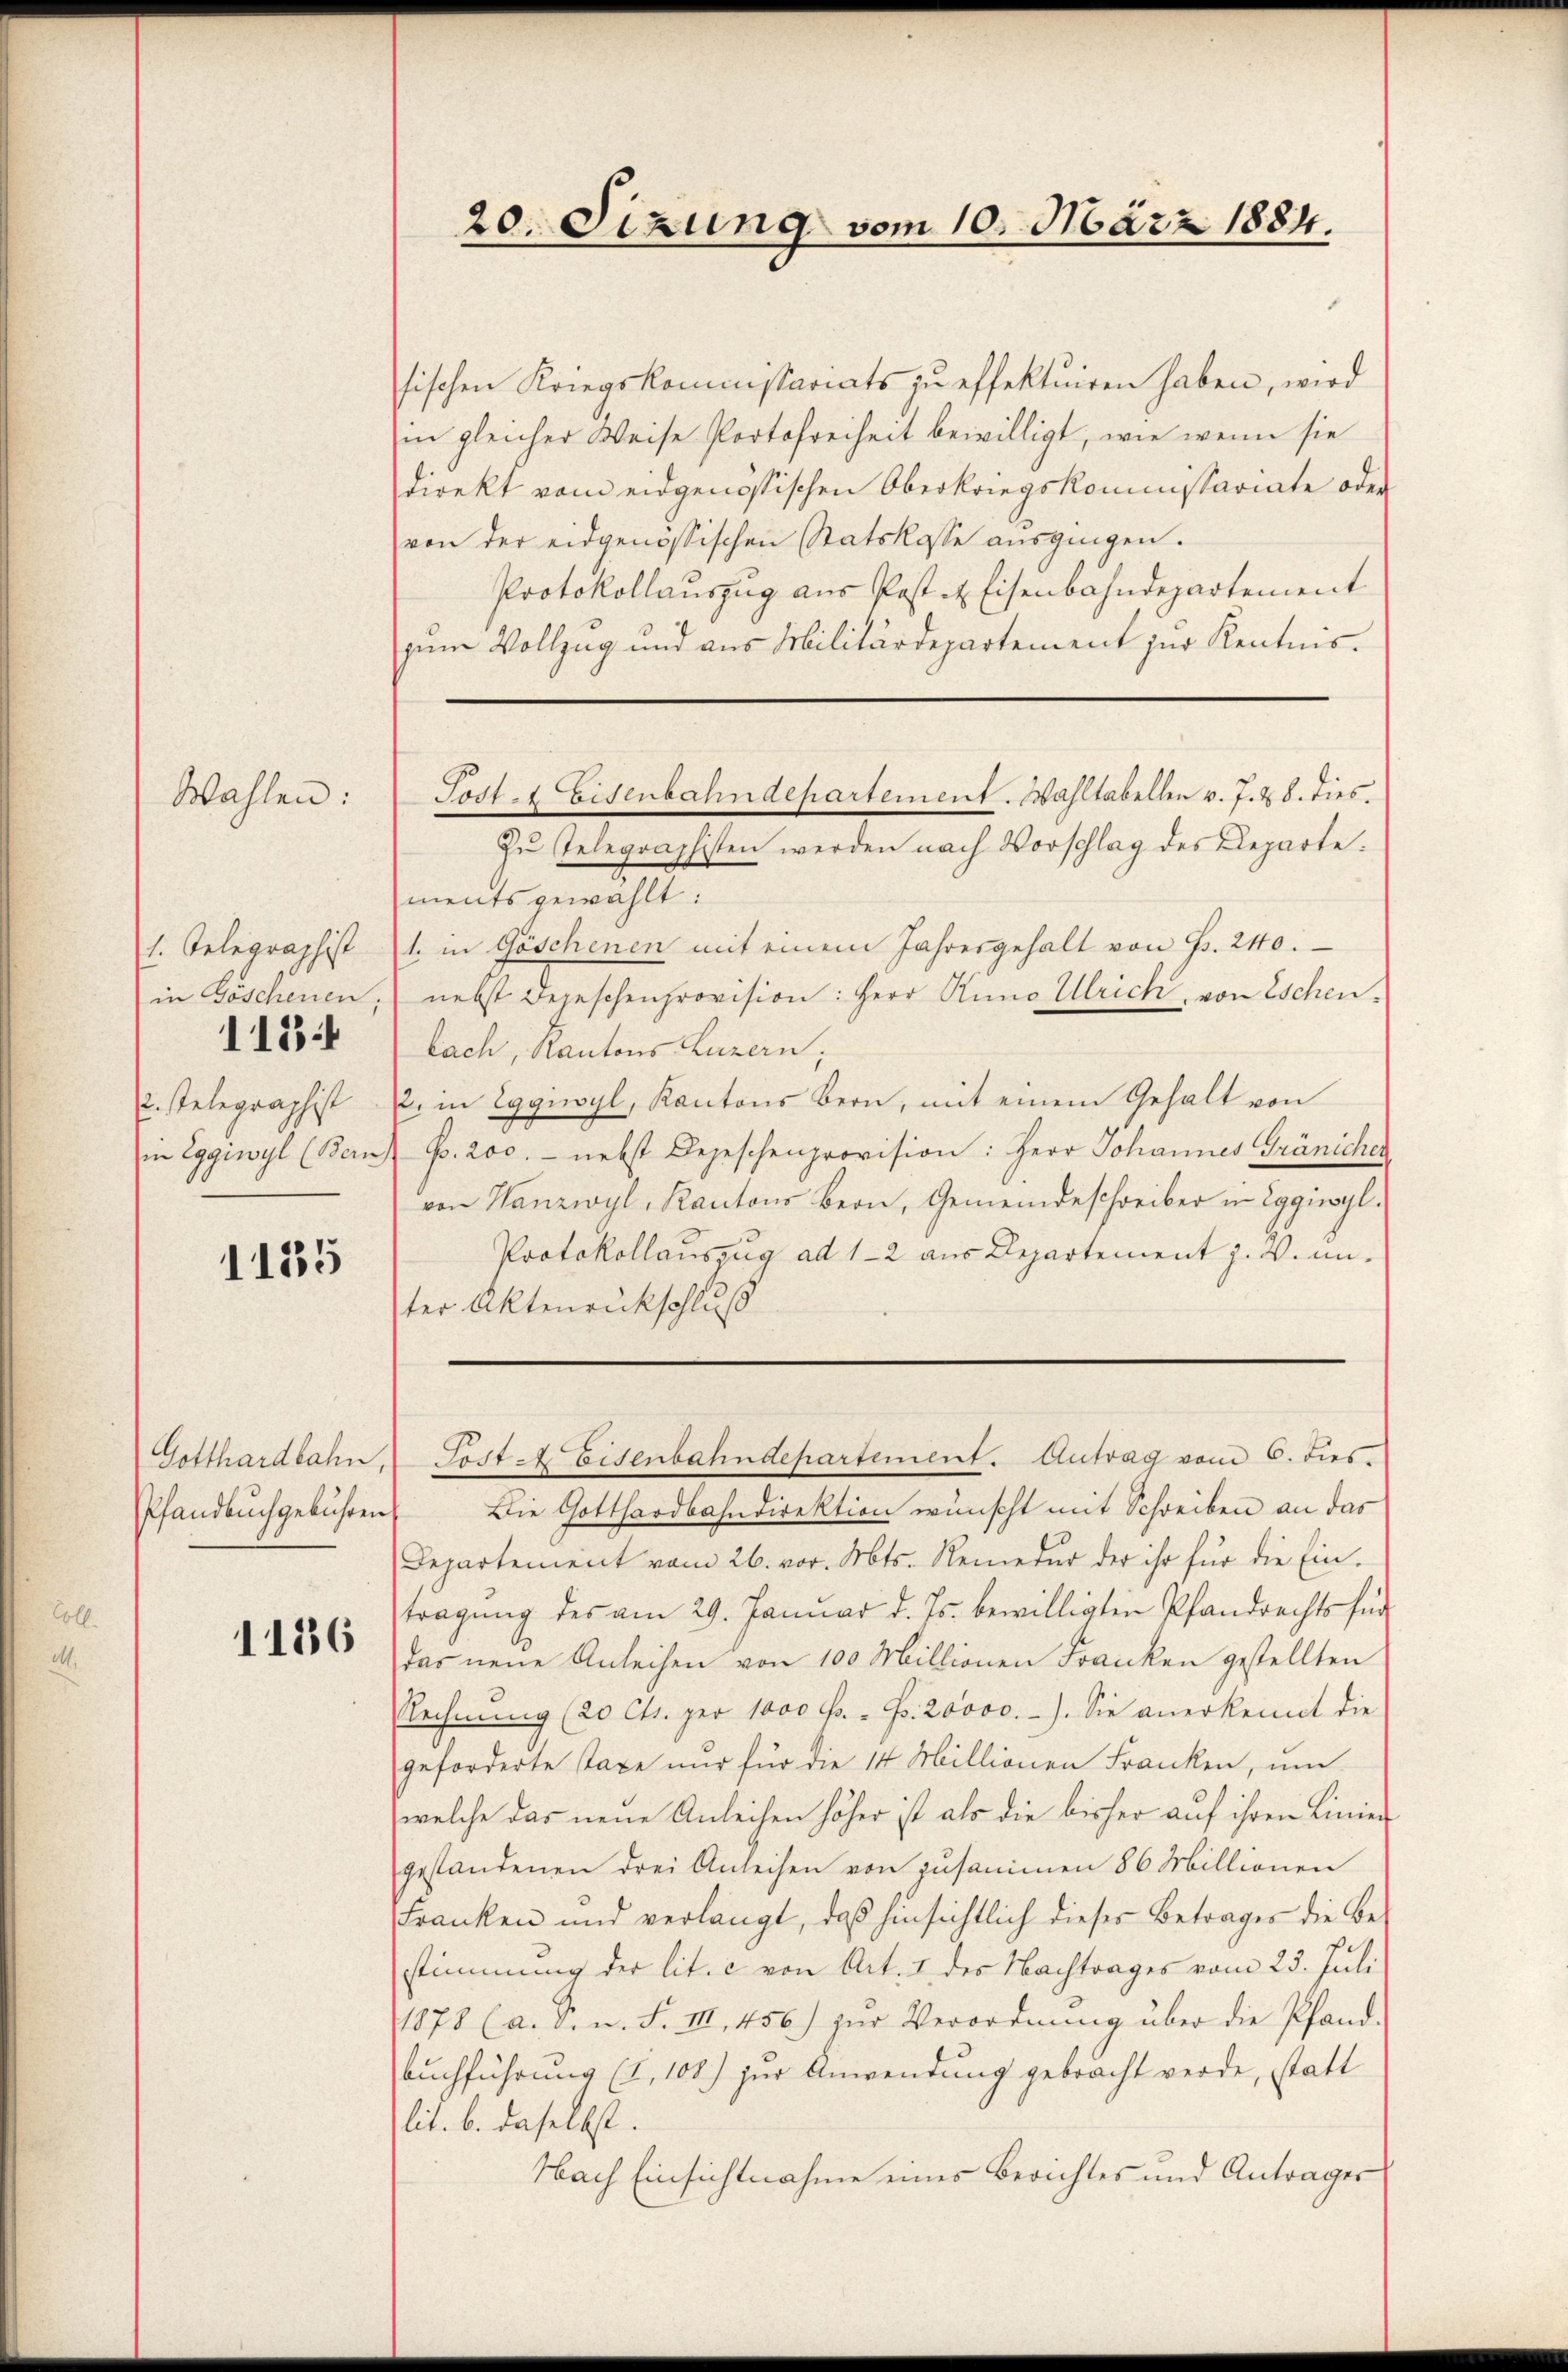
Wahlen:

1. Gelegraphist
in Böschenen,
u. stelegraphist
in Eggiwyl (Bern

1184

1185

Pfandbuchgebühren.

1186

sischen Kriegskommstariats zu effektuiren haben, wird
in gleicher Weise Portofreiheit bewilligt, wie wenn sie
direkt vom eidgenössischen Oberkriegskommstariate oder
von der eidgenössischen Statskasse ausgingen.
Protokollauszug aus Post & Eisenbahndepartement
zum Vollzug und aus Militärdepartement zur Kenntnis.
Zu Telegraphisten werden nach Vorschlag des Departe:
ments gewählt:
1. in Göschenen mit einem Jahresgehalt von G. 240.
nebst Depeschenprovision: Herr Runo Ulrich, von Eschenlach, Kantons Luzern;
2. in Eggwyl, Kantons Bern, mit einem Gehalt von
p. 200. - nebst Depeschenprovision: Herr Johannes Gränicher
von Hanzwyl, Kantons Bern, Gemeindeschreiber in Eggiwyl.
Protokollauszug ad 1-2 aus Departement J. V. unster Aktenrückschluß

Die Gotthardbahndirektion wünscht mit Schreiben an das
Departement vom 26. vor. Mts. Remedur der ihr für die Ein-
tragung des am 29. Januar d. Js. bewilligten Pfandrechts für
das neue Anleihen von 100 Millionen Franken gestellten
Rechnŭng (20 Cts. per 1000 fr. - Fr. 20000.-). Sie anerkennt die
geforderte Taxe nur für die 14 Millionen Franken, um
welche das neue Anleihen höher ist als die bisher auf ihren Linier
gestandenen drei Anleihen von zusammen 86 Millionen
Franken und verlangt, daß hinsichtlich dieses Betrages die Bestimmung der lit. c von Art. I des Nachtrages vom 23. Juli
11878 (a. S. n. F. III 456) zŭr Verordnŭng über die Pfand-
buchführung (I,108) zur Anwendung gebracht werde, statt
lit. b. daselbst.
Nach Einsichtnahme eines Berichtes und Antrages

20. Sizung vom 10. März 1884.

Post. Eisenbahndepartement. Wahltabellen v. J. 28. dies

Gotthardbahn,  Sost. Eisenbahndepartement. Antrag vom 6. dies